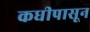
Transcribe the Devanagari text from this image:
कधीपासून